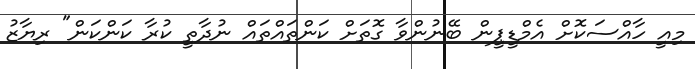
މިއީ ހާއްސަކޮށް އެމްޑީޕީން ބޭނުންވާ ގޮތަށް ކަންތައްތައް ނުދާތީ ކުރާ ކަންކަން" ރިޔާޒު